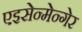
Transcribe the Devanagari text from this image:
एइसेन्मेन्गेर